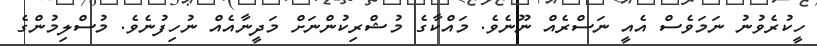
ހީކުރެވުނު ނަމަވެސް އެއީ ނަސްރެއް ނޫނެވެ. މައްކާގެ މުޝްރިކުންނަށް މަދީނާއެއް ނުހިފުނެވެ. މުސްލިމުންގެ